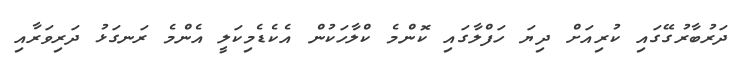
ދަރުބާރުގޭގައި ކުރިއަށް ދިޔަ ހަފްލާގައި ކޮންމެ ކްލާހަކުން އެކެޑެމިކަލީ އެެންމެ ރަނގަޅު ދަރިވަރާއި